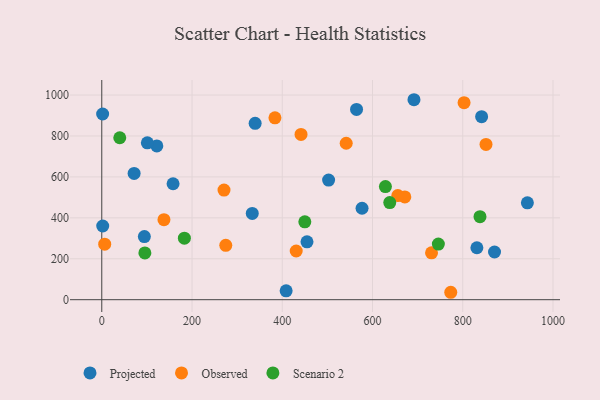
{"axis": {"x": "Study Hours", "y": "Salary"}, "legend": ["Observed", "Projected", "Scenario 2"], "data": [{"x": "339.9", "y": 861.8, "type": "Projected"}, {"x": "122.0", "y": 751.3, "type": "Projected"}, {"x": "408.6", "y": 43.2, "type": "Projected"}, {"x": "576.8", "y": 446.8, "type": "Projected"}, {"x": "831.3", "y": 253.9, "type": "Projected"}, {"x": "1.9", "y": 907.4, "type": "Projected"}, {"x": "333.5", "y": 421.6, "type": "Projected"}, {"x": "870.4", "y": 233.0, "type": "Projected"}, {"x": "454.8", "y": 282.6, "type": "Projected"}, {"x": "502.7", "y": 584.7, "type": "Projected"}, {"x": "158.0", "y": 566.7, "type": "Projected"}, {"x": "841.8", "y": 894.6, "type": "Projected"}, {"x": "71.7", "y": 617.1, "type": "Projected"}, {"x": "691.9", "y": 977.2, "type": "Projected"}, {"x": "101.0", "y": 766.8, "type": "Projected"}, {"x": "2.1", "y": 360.2, "type": "Projected"}, {"x": "943.2", "y": 473.2, "type": "Projected"}, {"x": "94.4", "y": 308.6, "type": "Projected"}, {"x": "564.6", "y": 929.6, "type": "Projected"}, {"x": "270.9", "y": 535.5, "type": "Observed"}, {"x": "773.4", "y": 36.3, "type": "Observed"}, {"x": "383.8", "y": 888.6, "type": "Observed"}, {"x": "441.6", "y": 807.7, "type": "Observed"}, {"x": "802.9", "y": 963.0, "type": "Observed"}, {"x": "730.8", "y": 229.1, "type": "Observed"}, {"x": "671.6", "y": 502.4, "type": "Observed"}, {"x": "6.5", "y": 271.5, "type": "Observed"}, {"x": "137.8", "y": 391.2, "type": "Observed"}, {"x": "541.7", "y": 764.4, "type": "Observed"}, {"x": "656.1", "y": 508.9, "type": "Observed"}, {"x": "274.8", "y": 265.9, "type": "Observed"}, {"x": "430.9", "y": 237.9, "type": "Observed"}, {"x": "851.5", "y": 758.7, "type": "Observed"}, {"x": "450.0", "y": 380.4, "type": "Scenario 2"}, {"x": "628.6", "y": 552.6, "type": "Scenario 2"}, {"x": "745.9", "y": 272.0, "type": "Scenario 2"}, {"x": "95.5", "y": 228.5, "type": "Scenario 2"}, {"x": "183.1", "y": 300.8, "type": "Scenario 2"}, {"x": "838.2", "y": 405.8, "type": "Scenario 2"}, {"x": "39.9", "y": 791.3, "type": "Scenario 2"}, {"x": "638.2", "y": 474.8, "type": "Scenario 2"}]}